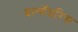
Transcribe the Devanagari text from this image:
वल्गॅयरिस